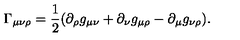
\Gamma _ { \mu \nu \rho } = \frac 1 2 ( \partial _ { \rho } g _ { \mu \nu } + \partial _ { \nu } g _ { \mu \rho } - \partial _ { \mu } g _ { \nu \rho } ) .